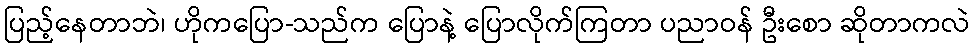
ပြည့်နေတာဘဲ၊ ဟိုကပြော-သည်က ပြောနဲ့ ပြောလိုက်ကြတာ ပညာဝန် ဦးစော ဆိုတာကလဲ